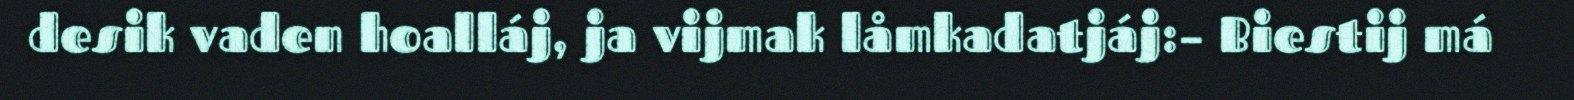
desik vaden hoalláj, ja vijmak låmkadatjáj:– Biestij má